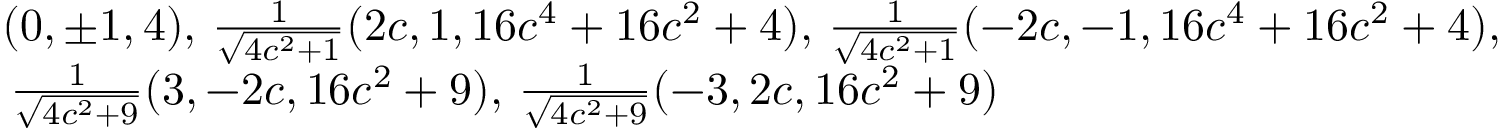
\begin{array} { r l } & { ( 0 , \pm 1 , 4 ) , \, \frac { 1 } { \sqrt { 4 c ^ { 2 } + 1 } } ( 2 c , 1 , 1 6 c ^ { 4 } + 1 6 c ^ { 2 } + 4 ) , \, \frac { 1 } { \sqrt { 4 c ^ { 2 } + 1 } } ( - 2 c , - 1 , 1 6 c ^ { 4 } + 1 6 c ^ { 2 } + 4 ) , } \\ & { \, \frac { 1 } { \sqrt { 4 c ^ { 2 } + 9 } } ( 3 , - 2 c , 1 6 c ^ { 2 } + 9 ) , \, \frac { 1 } { \sqrt { 4 c ^ { 2 } + 9 } } ( - 3 , 2 c , 1 6 c ^ { 2 } + 9 ) } \end{array}